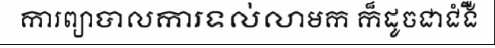
ការព្យាបាលការទល់លាមក ក៏ដូចជាជំងឺ